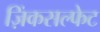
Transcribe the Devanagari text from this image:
ज़िंकसल्फेट